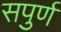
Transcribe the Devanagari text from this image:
सपुर्ण